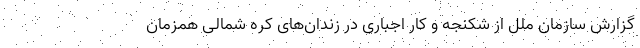
گزارش سازمان ملل از شکنجه و کار اجباری در زندان‌های کره شمالی همزمان